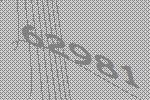
62981